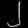
Digit: ၂